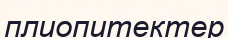
плиопитектер